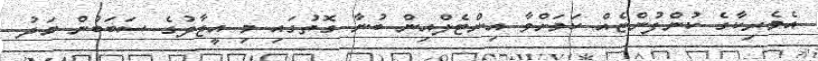
އެމެރިކާގެ ކުންފުންޏެއް ކަމަށްވާ އިންޓެލްއިން ބުނާ ގޮތުގައި މި އީޖާދުގެ ސަބަބުން މަދު